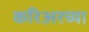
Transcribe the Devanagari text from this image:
करिअरच्या